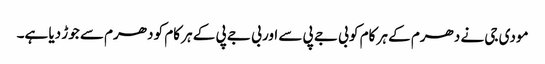
مودی جی نے دھرم کے ہر کام کو بی جے پی سے اور بی جے پی کے ہر کام کو دھرم سے جوڑ دیا ہے۔